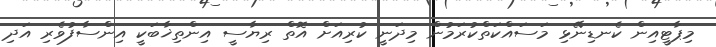
މިޕާޓީއިން ކެނޑިނޭޅި މަސައްކަތްކުރަމުން މިދަނީ ކުރިއަށް އޮތް ރިޔާސީ އިންތިޚާބަކީ އިންސާފުވެރި އަދި